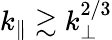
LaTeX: k_{\parallel}\gtrsim k_{\perp}^{2/3}